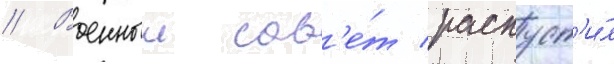
// Военныи сов'е́т распуст'и́л